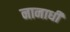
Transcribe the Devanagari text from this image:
नानाधी